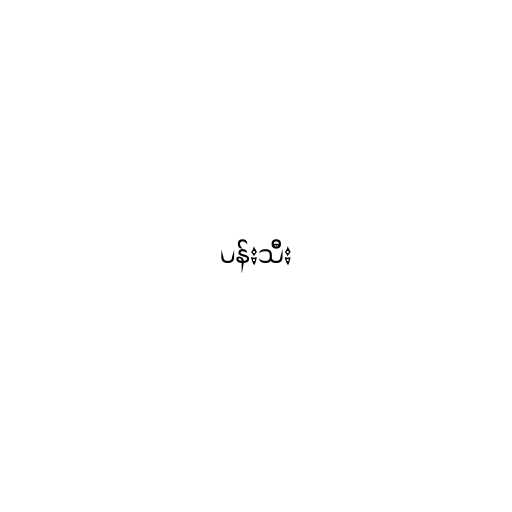
ပန်းသီး